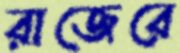
রাজেরে